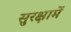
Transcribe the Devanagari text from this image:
सुरक्षामें